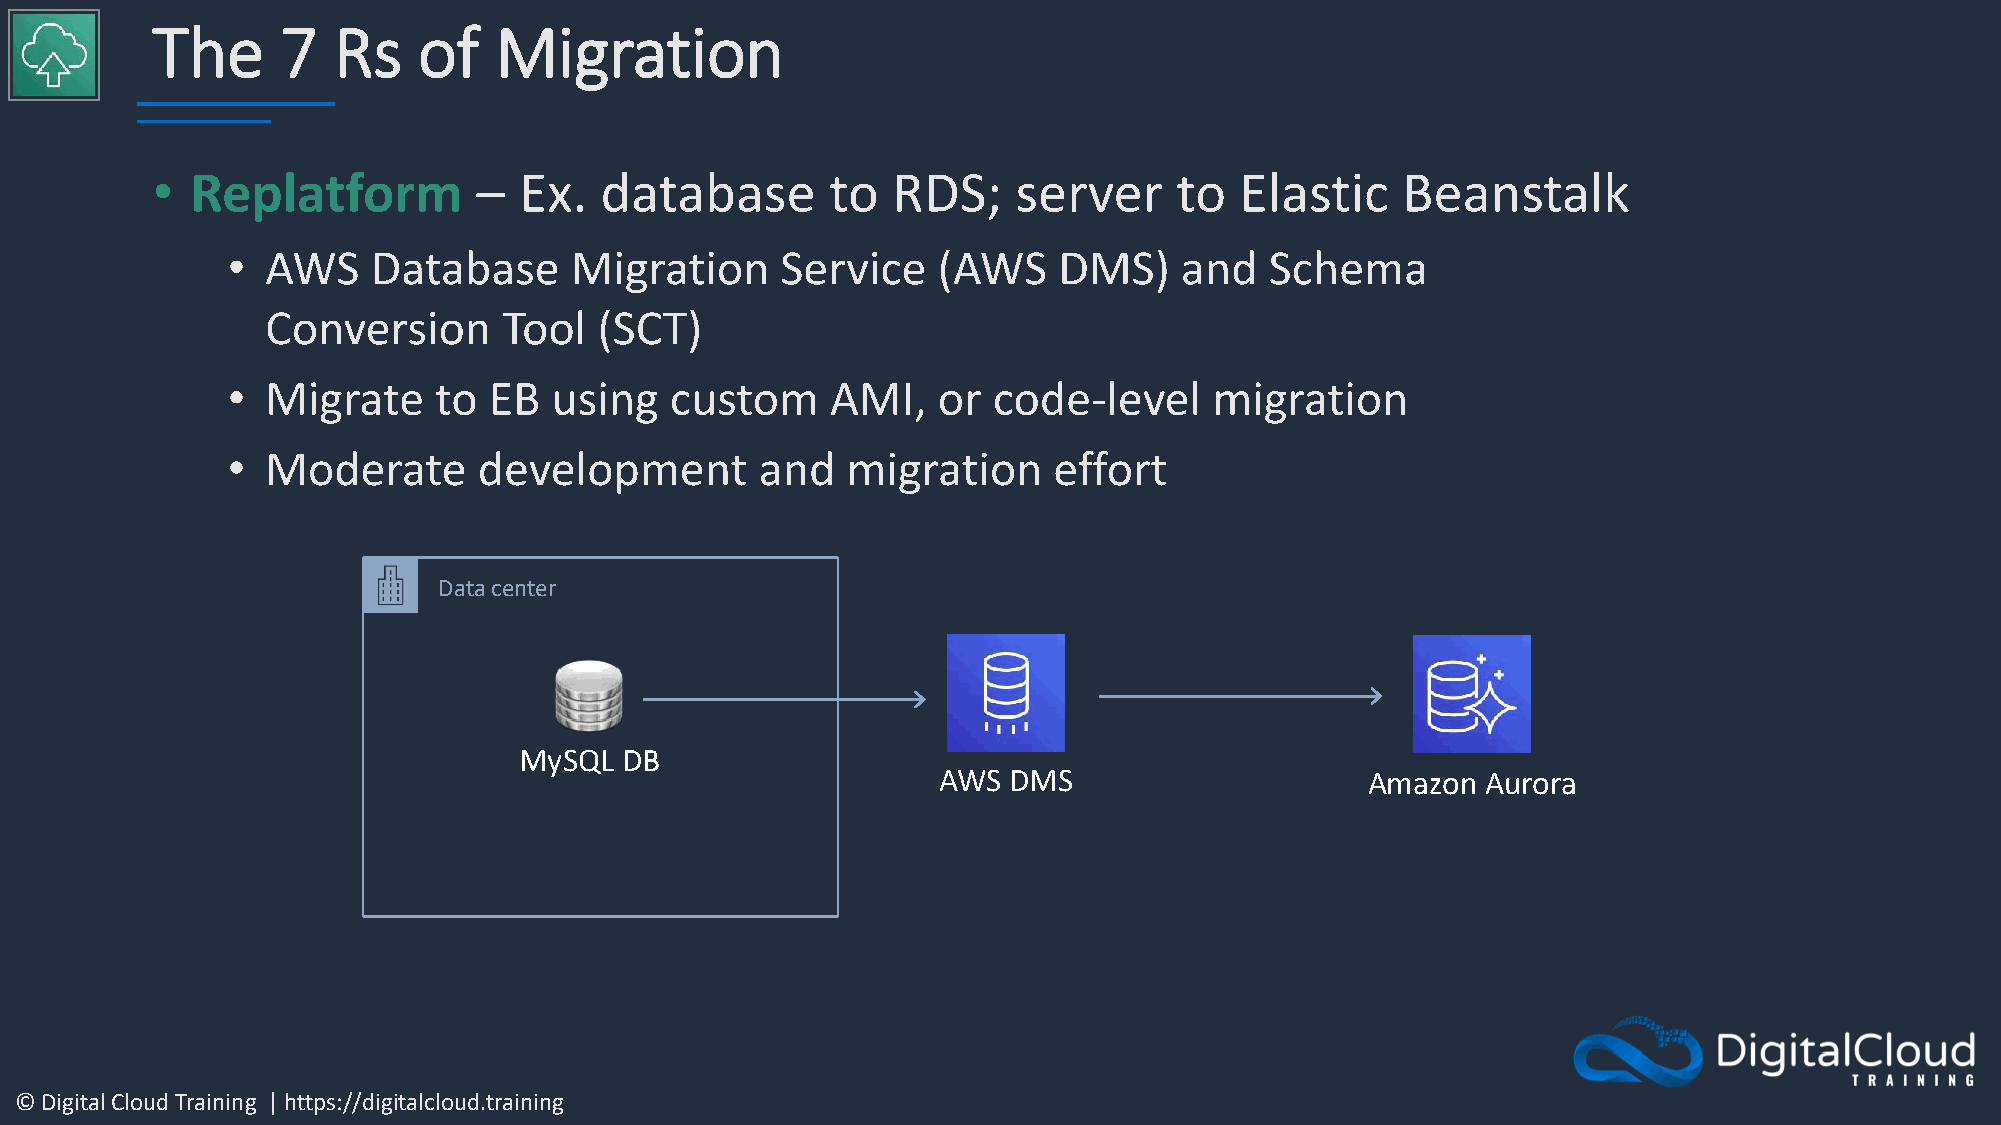
The      7  Rs    of   Migration
 •  Replatform         – Ex.   database       to  RDS;    server     to  Elastic    Beanstalk
 •  AWS    Database     Migration     Service   (AWS    DMS)    and   Schema
 Conversion     Tool   (SCT)
 •  Migrate    to EB  using   custom     AMI,   or  code-level    migration
 •  Moderate      development       and   migration     effort
 Data center
 MySQL  DB
 AWS  DMS                     Amazon Aurora
 © Digital Cloud Training | https://digitalcloud.training